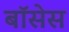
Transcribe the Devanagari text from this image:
बॉसेस